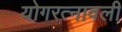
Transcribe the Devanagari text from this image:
योगरत्नावली